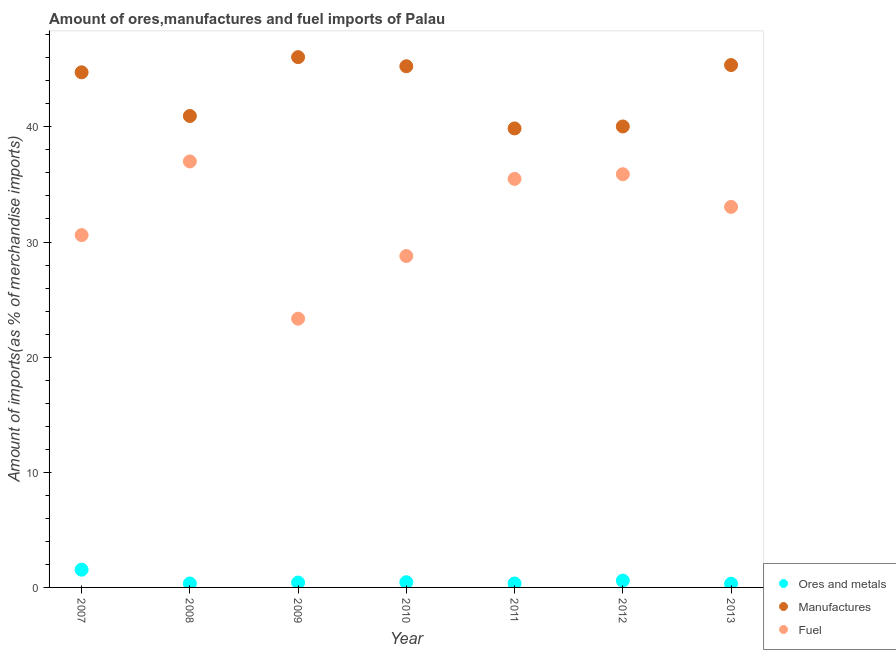
| Year | Ores and metals | Manufactures | Fuel |
 | --- | --- | --- | --- |
 | 2007 | 1.54 | 44.7 | 30.6 |
 | 2008 | 0.342 | 40.9 | 37 |
 | 2009 | 0.423 | 46.1 | 23.3 |
 | 2010 | 0.451 | 45.3 | 28.8 |
 | 2011 | 0.34 | 39.9 | 35.5 |
 | 2012 | 0.594 | 40 | 35.9 |
 | 2013 | 0.322 | 45.4 | 33.1 |